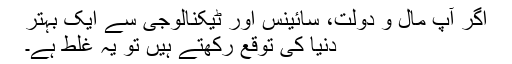
اگر آپ مال و دولت، سائینس اور ٹیکنالوجی سے ایک بہتر
دنیا کی توقع رکھتے ہیں تو یہ غلط ہے۔